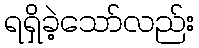
ရရှိခဲ့သော်လည်း